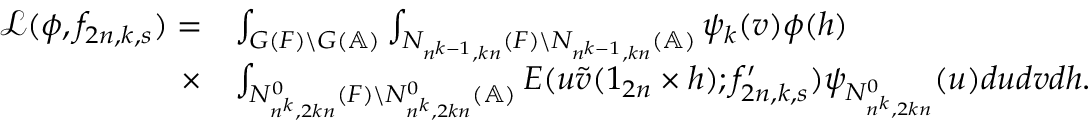
\begin{array} { r l } { \mathcal { L } ( \phi , f _ { 2 n , k , s } ) = } & { \int _ { G ( F ) \backslash G ( \mathbb { A } ) } \int _ { N _ { n ^ { k - 1 } , k n } ( F ) \backslash N _ { n ^ { k - 1 } , k n } ( \mathbb { A } ) } \psi _ { k } ( v ) \phi ( h ) } \\ { \times } & { \int _ { N _ { n ^ { k } , 2 k n } ^ { 0 } ( F ) \backslash N _ { n ^ { k } , 2 k n } ^ { 0 } ( \mathbb { A } ) } E ( u \tilde { v } ( 1 _ { 2 n } \times h ) ; f _ { 2 n , k , s } ^ { \prime } ) \psi _ { N _ { n ^ { k } , 2 k n } ^ { 0 } } ( u ) d u d v d h . } \end{array}